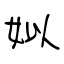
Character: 姒